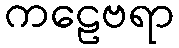
ကဠေဗရာ